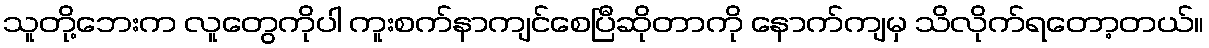
သူတို့ဘေးက လူတွေကိုပါ ကူးစက်နာကျင်စေပြီဆိုတာကို နောက်ကျမှ သိလိုက်ရတော့တယ်။